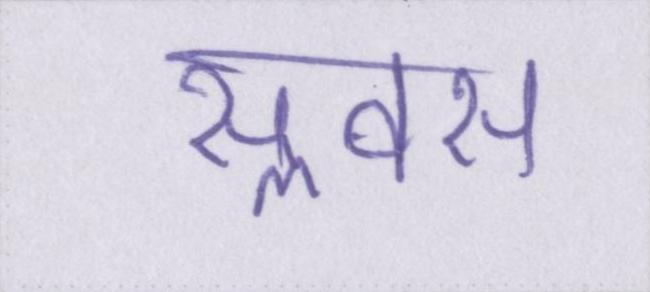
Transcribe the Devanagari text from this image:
सॢवस